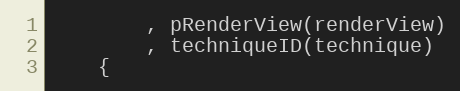
Language: C
		, pRenderView(renderView)
		, techniqueID(technique)
	{